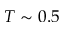
T \sim 0 . 5